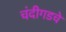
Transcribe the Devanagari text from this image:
चंदीगडचे